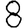
Digit: 8